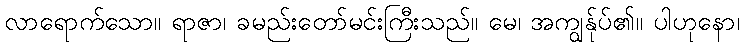
လာရောက်သော။ ရာဇာ၊ ခမည်းတော်မင်းကြီးသည်။ မေ၊ အကျွန်ုပ်၏။ ပါဟုနော၊